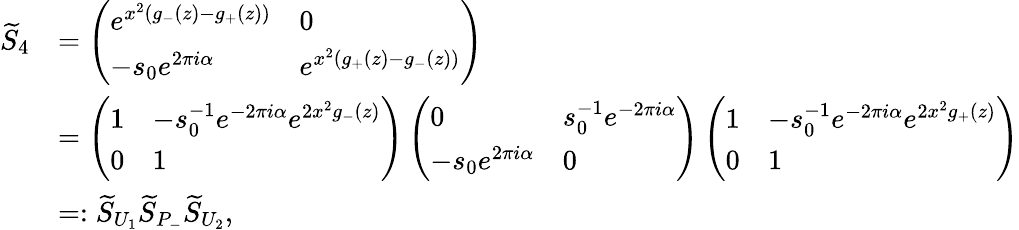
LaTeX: \begin{array}{rl}{\widetilde{S}_{4}}&{=\left(\begin{array}{ll}{e^{x^{2}(g_{-}(z)-g_{+}(z))}}&{0}\\ {-s_{0}e^{2\pi i\alpha}}&{e^{x^{2}(g_{+}(z)-g_{-}(z))}}\end{array}\right)}\\ &{=\left(\begin{array}{ll}{1}&{-s_{0}^{-1}e^{-2\pi i\alpha}e^{2x^{2}g_{-}(z)}}\\ {0}&{1}\end{array}\right)\left(\begin{array}{ll}{0}&{s_{0}^{-1}e^{-2\pi i\alpha}}\\ {-s_{0}e^{2\pi i\alpha}}&{0}\end{array}\right)\left(\begin{array}{ll}{1}&{-s_{0}^{-1}e^{-2\pi i\alpha}e^{2x^{2}g_{+}(z)}}\\ {0}&{1}\end{array}\right)}\\ &{=:\widetilde{S}_{U_{1}}\widetilde{S}_{P_{-}}\widetilde{S}_{U_{2}},}\end{array}